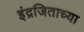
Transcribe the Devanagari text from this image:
इंद्रजिताच्या